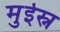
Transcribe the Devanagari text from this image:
मुईस्न